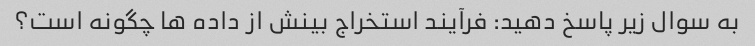
به سوال زیر پاسخ دهید: فرآیند استخراج بینش از داده ها چگونه است؟